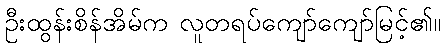
ဦးထွန်းစိန်အိမ်က လူတရပ်ကျော်ကျော်မြင့်၏။